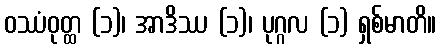
ဝဿံဝုတ္ထ (၁)၊ အာဒိဿ (၁)၊ ပုဂ္ဂလ (၁) ရှစ်မာတိ။